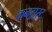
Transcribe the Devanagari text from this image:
कनट्रास्ट